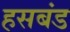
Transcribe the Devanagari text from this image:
हसबंड